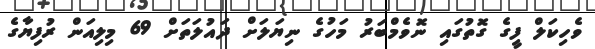
ވެހިކަލް ފީގެ ގޮތުގައި ނޮވެމްބަރު މަހުގެ ނިޔަލަށް ދައުލަތަށް 69 މިލިއަން ރުފިޔާގެ